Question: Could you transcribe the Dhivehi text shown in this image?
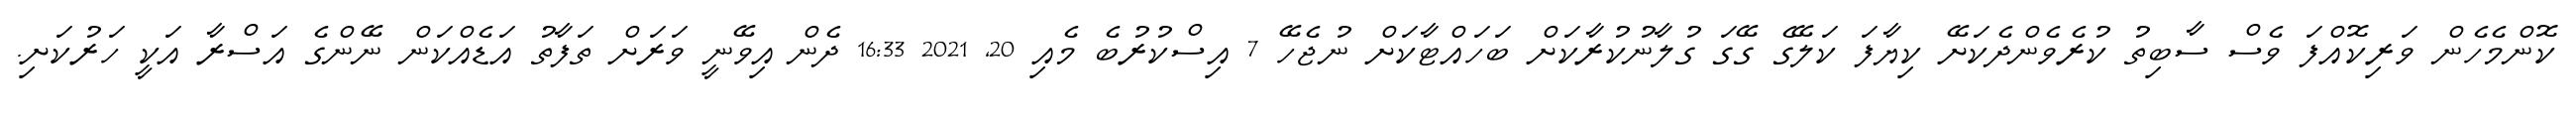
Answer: ކޮންމެހެން ވަރިކޮއްފަ ވެސް ސާބިތު ކުރެވެންދެކަށޭ ކިޔާފަ ކަލޭގެ ގޭގަ ގުލާނުކުރާކަށް ބަހައްޓާކަށް ނުޖެހޭ 7 އިސްކުރުބެ މެއި 20, 2021 16:33 ދެން އިވޭނީ ވަރަށް ތަފާތު އަޑެއްކަން ނޭންގެ އަސްރާ އަކީ ހަރުކަށި.